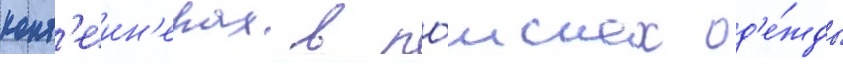
конт'еин'ерах в по́исках од'е́жды